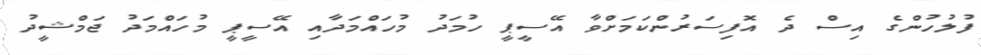
ފުލުހުންގެ އިސް ދެ އޮފިސަރުންކަމަށްވާ އޭސީޕީ ހުމަދު މުހައްމަދާއި އޭސީޕީ މުހައްމަދު ޖަމްޝީދު